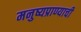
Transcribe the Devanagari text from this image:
मनुष्यप्राण्याची